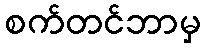
စက်တင်ဘာမှ